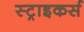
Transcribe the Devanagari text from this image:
स्‍ट्राइकर्स